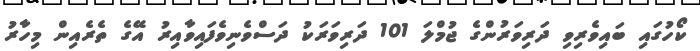
ކޯހުގައި ބައިވެރިވި ދަރިވަރުންގެ ޖުމްލަ 101 ދަރިވަރަކު ދަސްވެނިވެފައިވާއިރު އޭގެ ތެރެއިން މިހާރު